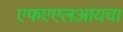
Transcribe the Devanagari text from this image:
एफएएलआयचा